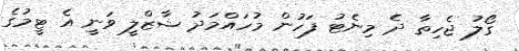
ގޯލު ޖެހިތާ ދެ މިނެޓު ފަހުން މުހައްމަދު ޝާޒްލީ ވަނީ އެ ޓީމުގެ